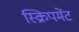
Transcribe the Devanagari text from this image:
स्क्रिपमेंट